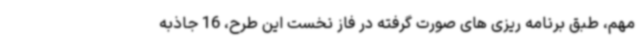
مهم، طبق برنامه ریزی های صورت گرفته در فاز نخست این طرح، 16 جاذبه